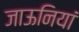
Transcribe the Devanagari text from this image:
जाऊनियां